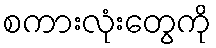
စကားလုံးတွေကို